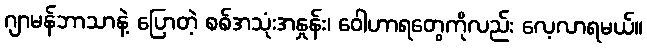
ဂျာမန်ဘာသာနဲ့ ပြောတဲ့ စစ်အသုံးအနှုန်း၊ ဝေါဟာရတွေကိုလည်း လေ့လာရမယ်။